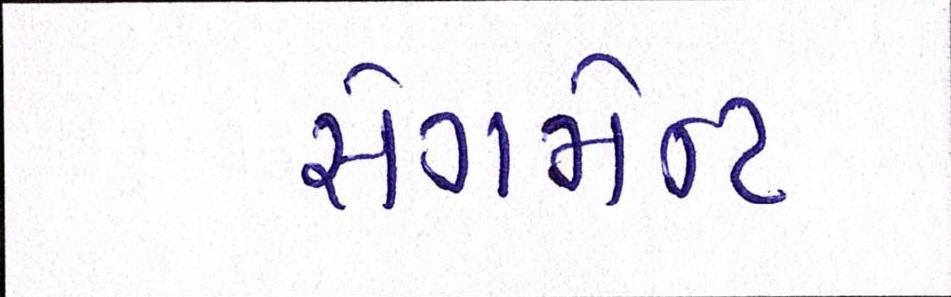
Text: સેગમેન્ટ